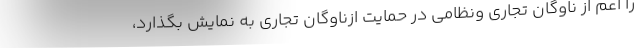
را اعم از ناوگان تجاری ونظامی در حمایت ازناوگان تجاری به نمایش بگذارد،